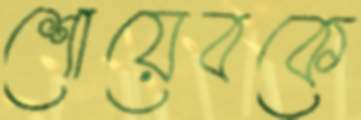
শোয়েবকে